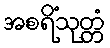
အစရိံသုတ္တံ